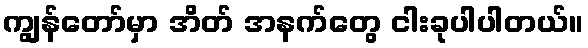
ကျွန်တော်မှာ အိတ် အနက်တွေ ငါးခုပါပါတယ်။